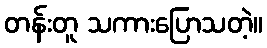
တန်းတူ သကားပြောသတဲ့။